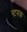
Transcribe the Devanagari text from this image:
स्टमक